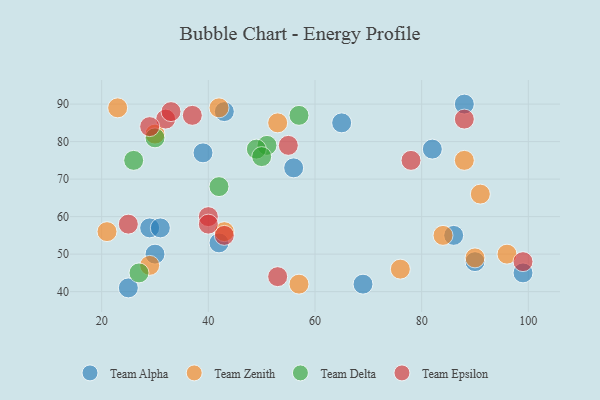
{"axis": {"x": "GDP", "y": "Life Expectancy"}, "legend": ["Team Alpha", "Team Delta", "Team Epsilon", "Team Zenith"], "data": [{"x": "29", "y": 57, "type": "Team Alpha"}, {"x": "42", "y": 53, "type": "Team Alpha"}, {"x": "43", "y": 88, "type": "Team Alpha"}, {"x": "82", "y": 78, "type": "Team Alpha"}, {"x": "88", "y": 90, "type": "Team Alpha"}, {"x": "56", "y": 73, "type": "Team Alpha"}, {"x": "99", "y": 45, "type": "Team Alpha"}, {"x": "30", "y": 50, "type": "Team Alpha"}, {"x": "90", "y": 48, "type": "Team Alpha"}, {"x": "69", "y": 42, "type": "Team Alpha"}, {"x": "86", "y": 55, "type": "Team Alpha"}, {"x": "25", "y": 41, "type": "Team Alpha"}, {"x": "31", "y": 57, "type": "Team Alpha"}, {"x": "65", "y": 85, "type": "Team Alpha"}, {"x": "39", "y": 77, "type": "Team Alpha"}, {"x": "57", "y": 42, "type": "Team Zenith"}, {"x": "30", "y": 82, "type": "Team Zenith"}, {"x": "91", "y": 66, "type": "Team Zenith"}, {"x": "42", "y": 89, "type": "Team Zenith"}, {"x": "23", "y": 89, "type": "Team Zenith"}, {"x": "43", "y": 56, "type": "Team Zenith"}, {"x": "76", "y": 46, "type": "Team Zenith"}, {"x": "88", "y": 75, "type": "Team Zenith"}, {"x": "29", "y": 47, "type": "Team Zenith"}, {"x": "21", "y": 56, "type": "Team Zenith"}, {"x": "53", "y": 85, "type": "Team Zenith"}, {"x": "96", "y": 50, "type": "Team Zenith"}, {"x": "84", "y": 55, "type": "Team Zenith"}, {"x": "90", "y": 49, "type": "Team Zenith"}, {"x": "26", "y": 75, "type": "Team Delta"}, {"x": "42", "y": 68, "type": "Team Delta"}, {"x": "27", "y": 45, "type": "Team Delta"}, {"x": "51", "y": 79, "type": "Team Delta"}, {"x": "57", "y": 87, "type": "Team Delta"}, {"x": "49", "y": 78, "type": "Team Delta"}, {"x": "50", "y": 76, "type": "Team Delta"}, {"x": "30", "y": 81, "type": "Team Delta"}, {"x": "43", "y": 55, "type": "Team Epsilon"}, {"x": "78", "y": 75, "type": "Team Epsilon"}, {"x": "32", "y": 86, "type": "Team Epsilon"}, {"x": "40", "y": 60, "type": "Team Epsilon"}, {"x": "33", "y": 88, "type": "Team Epsilon"}, {"x": "55", "y": 79, "type": "Team Epsilon"}, {"x": "29", "y": 84, "type": "Team Epsilon"}, {"x": "25", "y": 58, "type": "Team Epsilon"}, {"x": "53", "y": 44, "type": "Team Epsilon"}, {"x": "88", "y": 86, "type": "Team Epsilon"}, {"x": "99", "y": 48, "type": "Team Epsilon"}, {"x": "40", "y": 58, "type": "Team Epsilon"}, {"x": "37", "y": 87, "type": "Team Epsilon"}]}